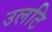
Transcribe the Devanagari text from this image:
उलटि